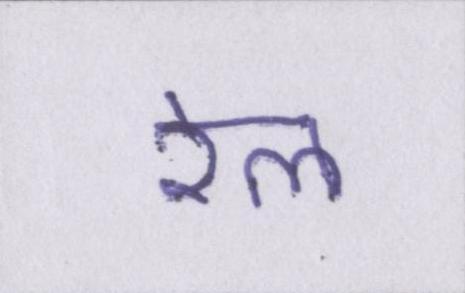
रेल